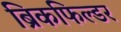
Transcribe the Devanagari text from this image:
ब्रिकफिल्डर